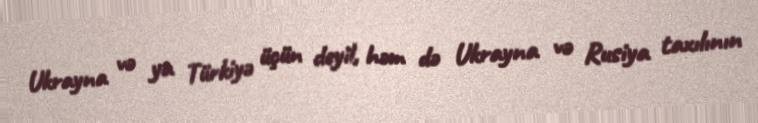
Ukrayna və ya Türkiyə üçün deyil, həm də Ukrayna və Rusiya taxılının